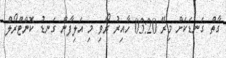
ގާތް ގަނޑަކަށް މިރޭ 03:20 ހާއިރު ރޯވި މި އަލިފާން ގަނޑު ކޮންޓްރޯލް